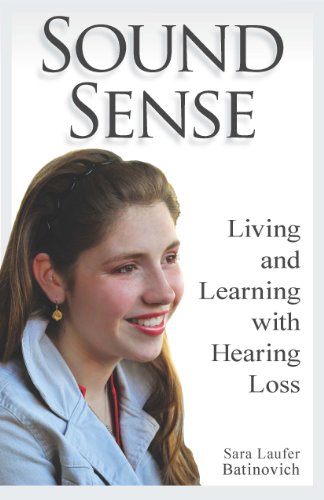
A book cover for Sound Sense: Living and Learning with Hearing Loss; Sara Laufer Batinovich; Health, Fitness & Dieting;